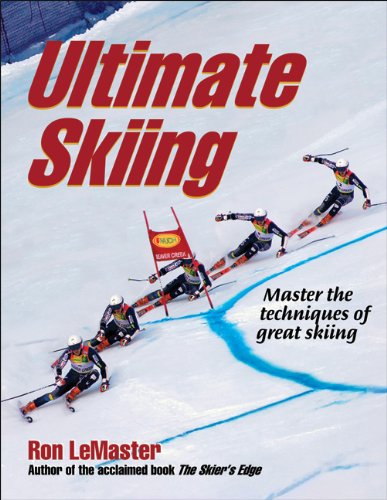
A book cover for Ultimate Skiing; Ron LeMaster; Sports & Outdoors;